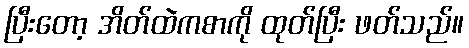
ပြီးတော့ အိတ်ထဲကစာကို ထုတ်ပြီး ဖတ်သည်။